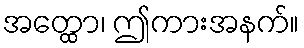
အတ္ထော၊ ဤကားအနက်။